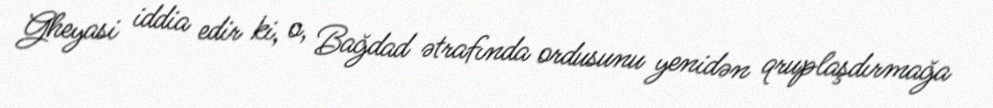
Gheyasi iddia edir ki, o, Bağdad ətrafında ordusunu yenidən qruplaşdırmağa